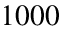
1 0 0 0